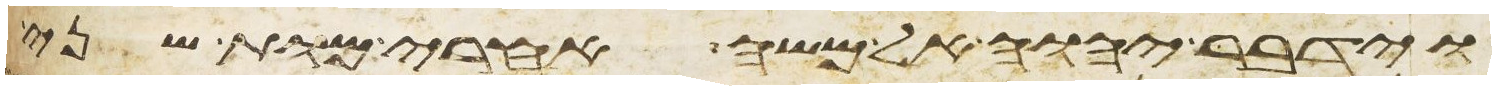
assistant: וידבר יהוה אל משה אחרי מות שני